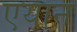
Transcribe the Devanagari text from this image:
एयान